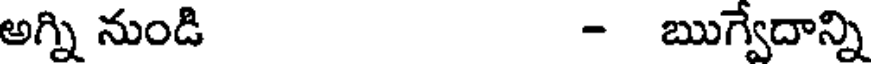
అగ్ని నుండి - ఋగ్వేదాన్ని